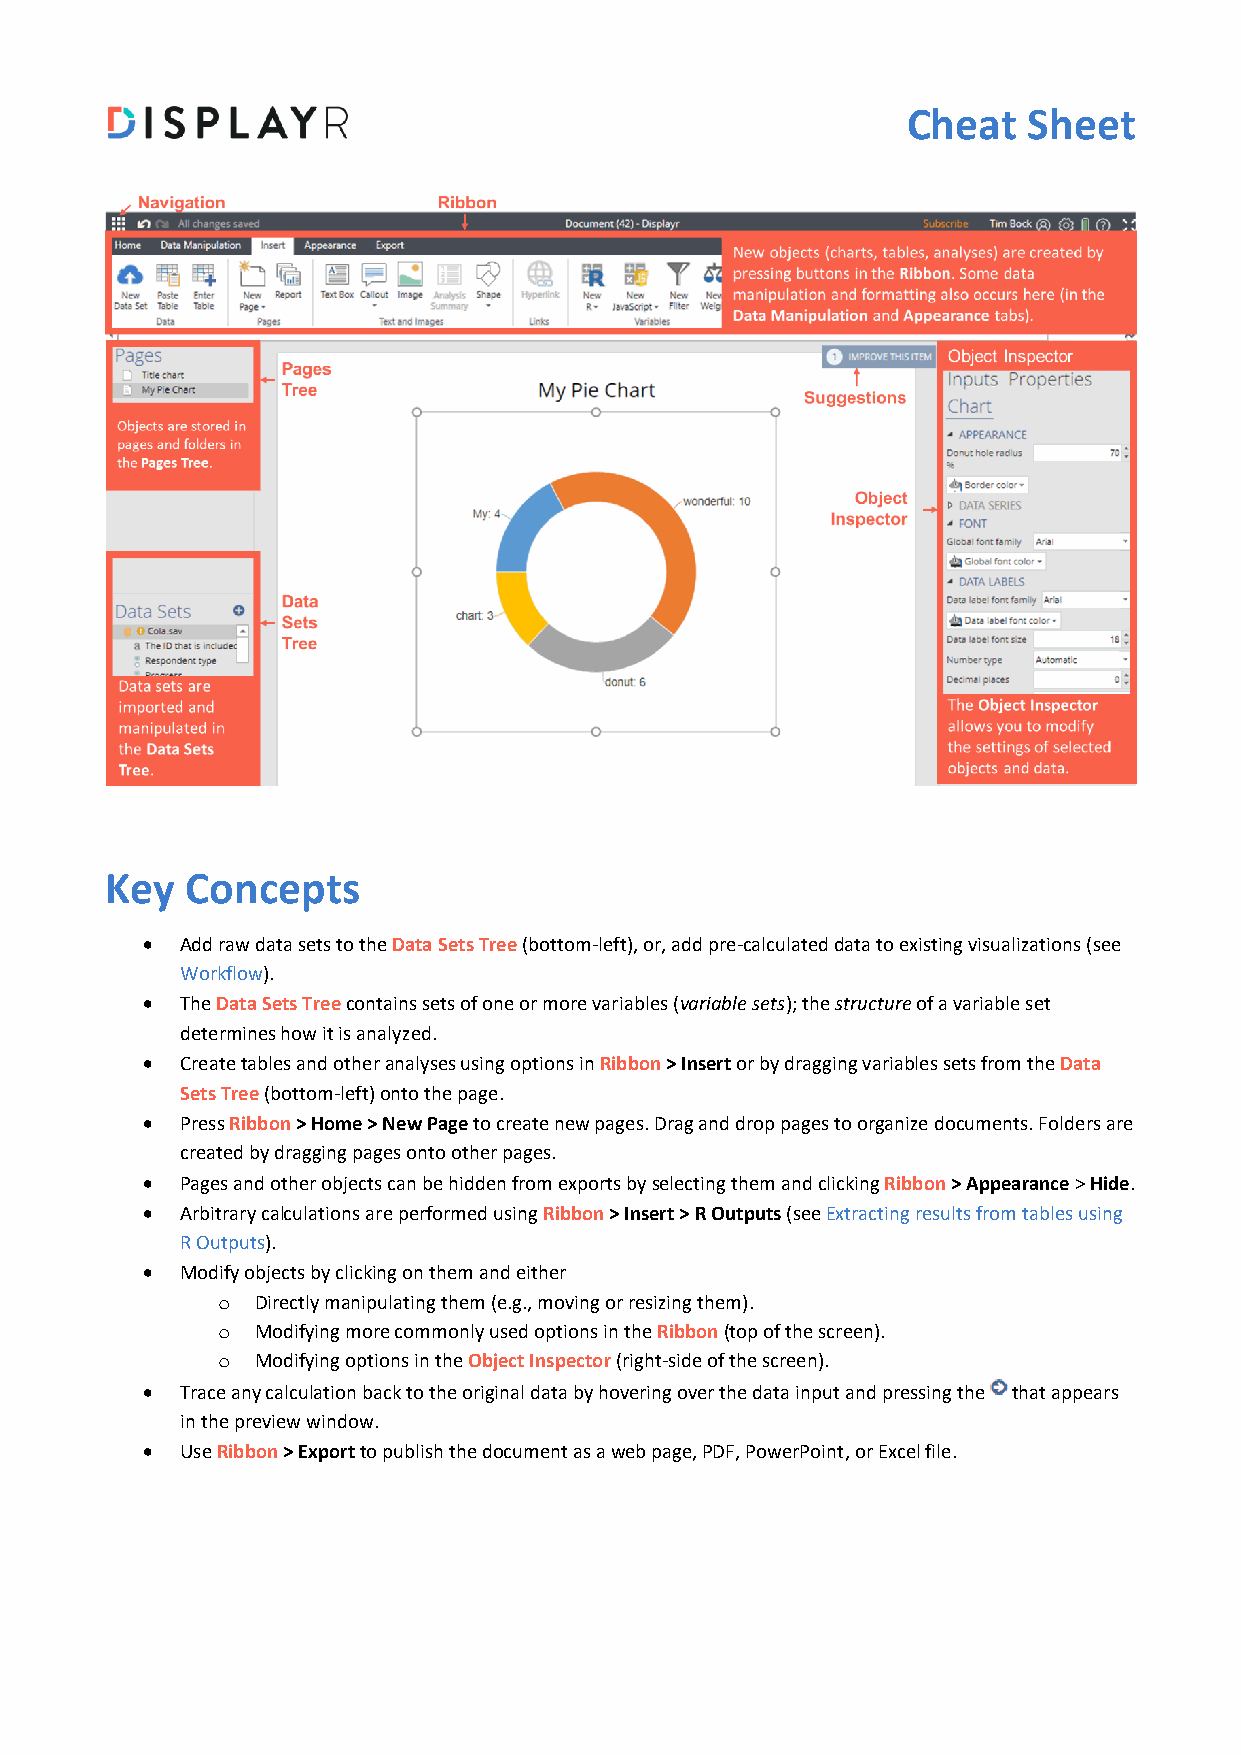
Cheat   Sheet
 Key  Concepts
 •  Add raw data sets to the Data Sets Tree (bottom-left), or, add pre-calculated data to existing visualizations (see
 Workflow).
 •  The Data Sets Tree contains sets of one or more variables (variable sets); the structure of a variable set
 determines how it is analyzed.
 •  Create tables and other analyses using options in Ribbon > Insert or by dragging variables sets from the Data
 Sets Tree (bottom-left) onto the page.
 •  Press Ribbon > Home > New Page to create new pages. Drag and drop pages to organize documents. Folders are
 created by dragging pages onto other pages.
 •  Pages and other objects can be hidden from exports by selecting them and clicking Ribbon > Appearance > Hide.
 •  Arbitrary calculations are performed using Ribbon > Insert > R Outputs (see Extracting results from tables using
 R Outputs).
 •  Modify objects by clicking on them and either
 o  Directly manipulating them (e.g., moving or resizing them).
 o  Modifying more commonly used options in the Ribbon (top of the screen).
 o  Modifying options in the Object Inspector (right-side of the screen).
 •  Trace any calculation back to the original data by hovering over the data input and pressing the that appears
 in the preview window.
 •  Use Ribbon > Export to publish the document as a web page, PDF, PowerPoint, or Excel file.